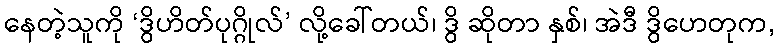
နေတဲ့သူကို ‘ဒွိဟိတ်ပုဂ္ဂိုလ်’ လို့ခေါ်တယ်၊ ဒွိ ဆိုတာ နှစ်၊ အဲဒီ ဒွိဟေတုက,